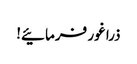
ذرا غور فرمائیے!